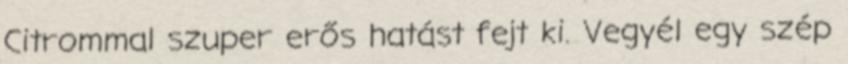
Citrommal szuper erős hatást fejt ki. Vegyél egy szép